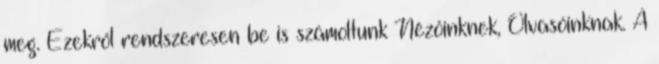
meg. Ezekről rendszeresen be is számoltunk Nézőinknek, Olvasóinknak. A